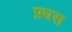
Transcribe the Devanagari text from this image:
प्रधस